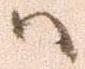
ハ